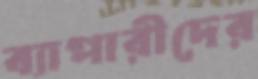
ব্যাপারীদের